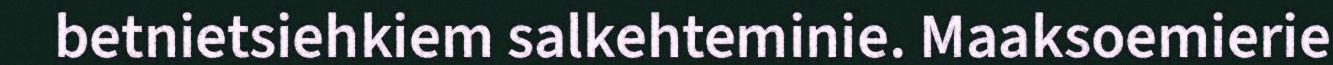
betnietsiehkiem salkehteminie. Maaksoemierie